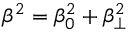
\beta ^ { 2 } = \beta _ { 0 } ^ { 2 } + \beta _ { \perp } ^ { 2 }